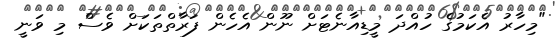
"މިހާރު އެކަމުގެ ހުއްދަ މީޑިއާނެޓަށް ނޫން އެހެން ފަރާތްތަކަށް ވެސް މި ވަނީ